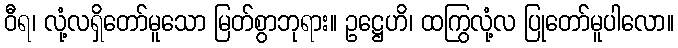
ဝီရ၊ လုံ့လရှိတော်မူသော မြတ်စွာဘုရား။ ဥဋ္ဌေဟိ၊ ထကြွလုံ့လ ပြုတော်မူပါလော။